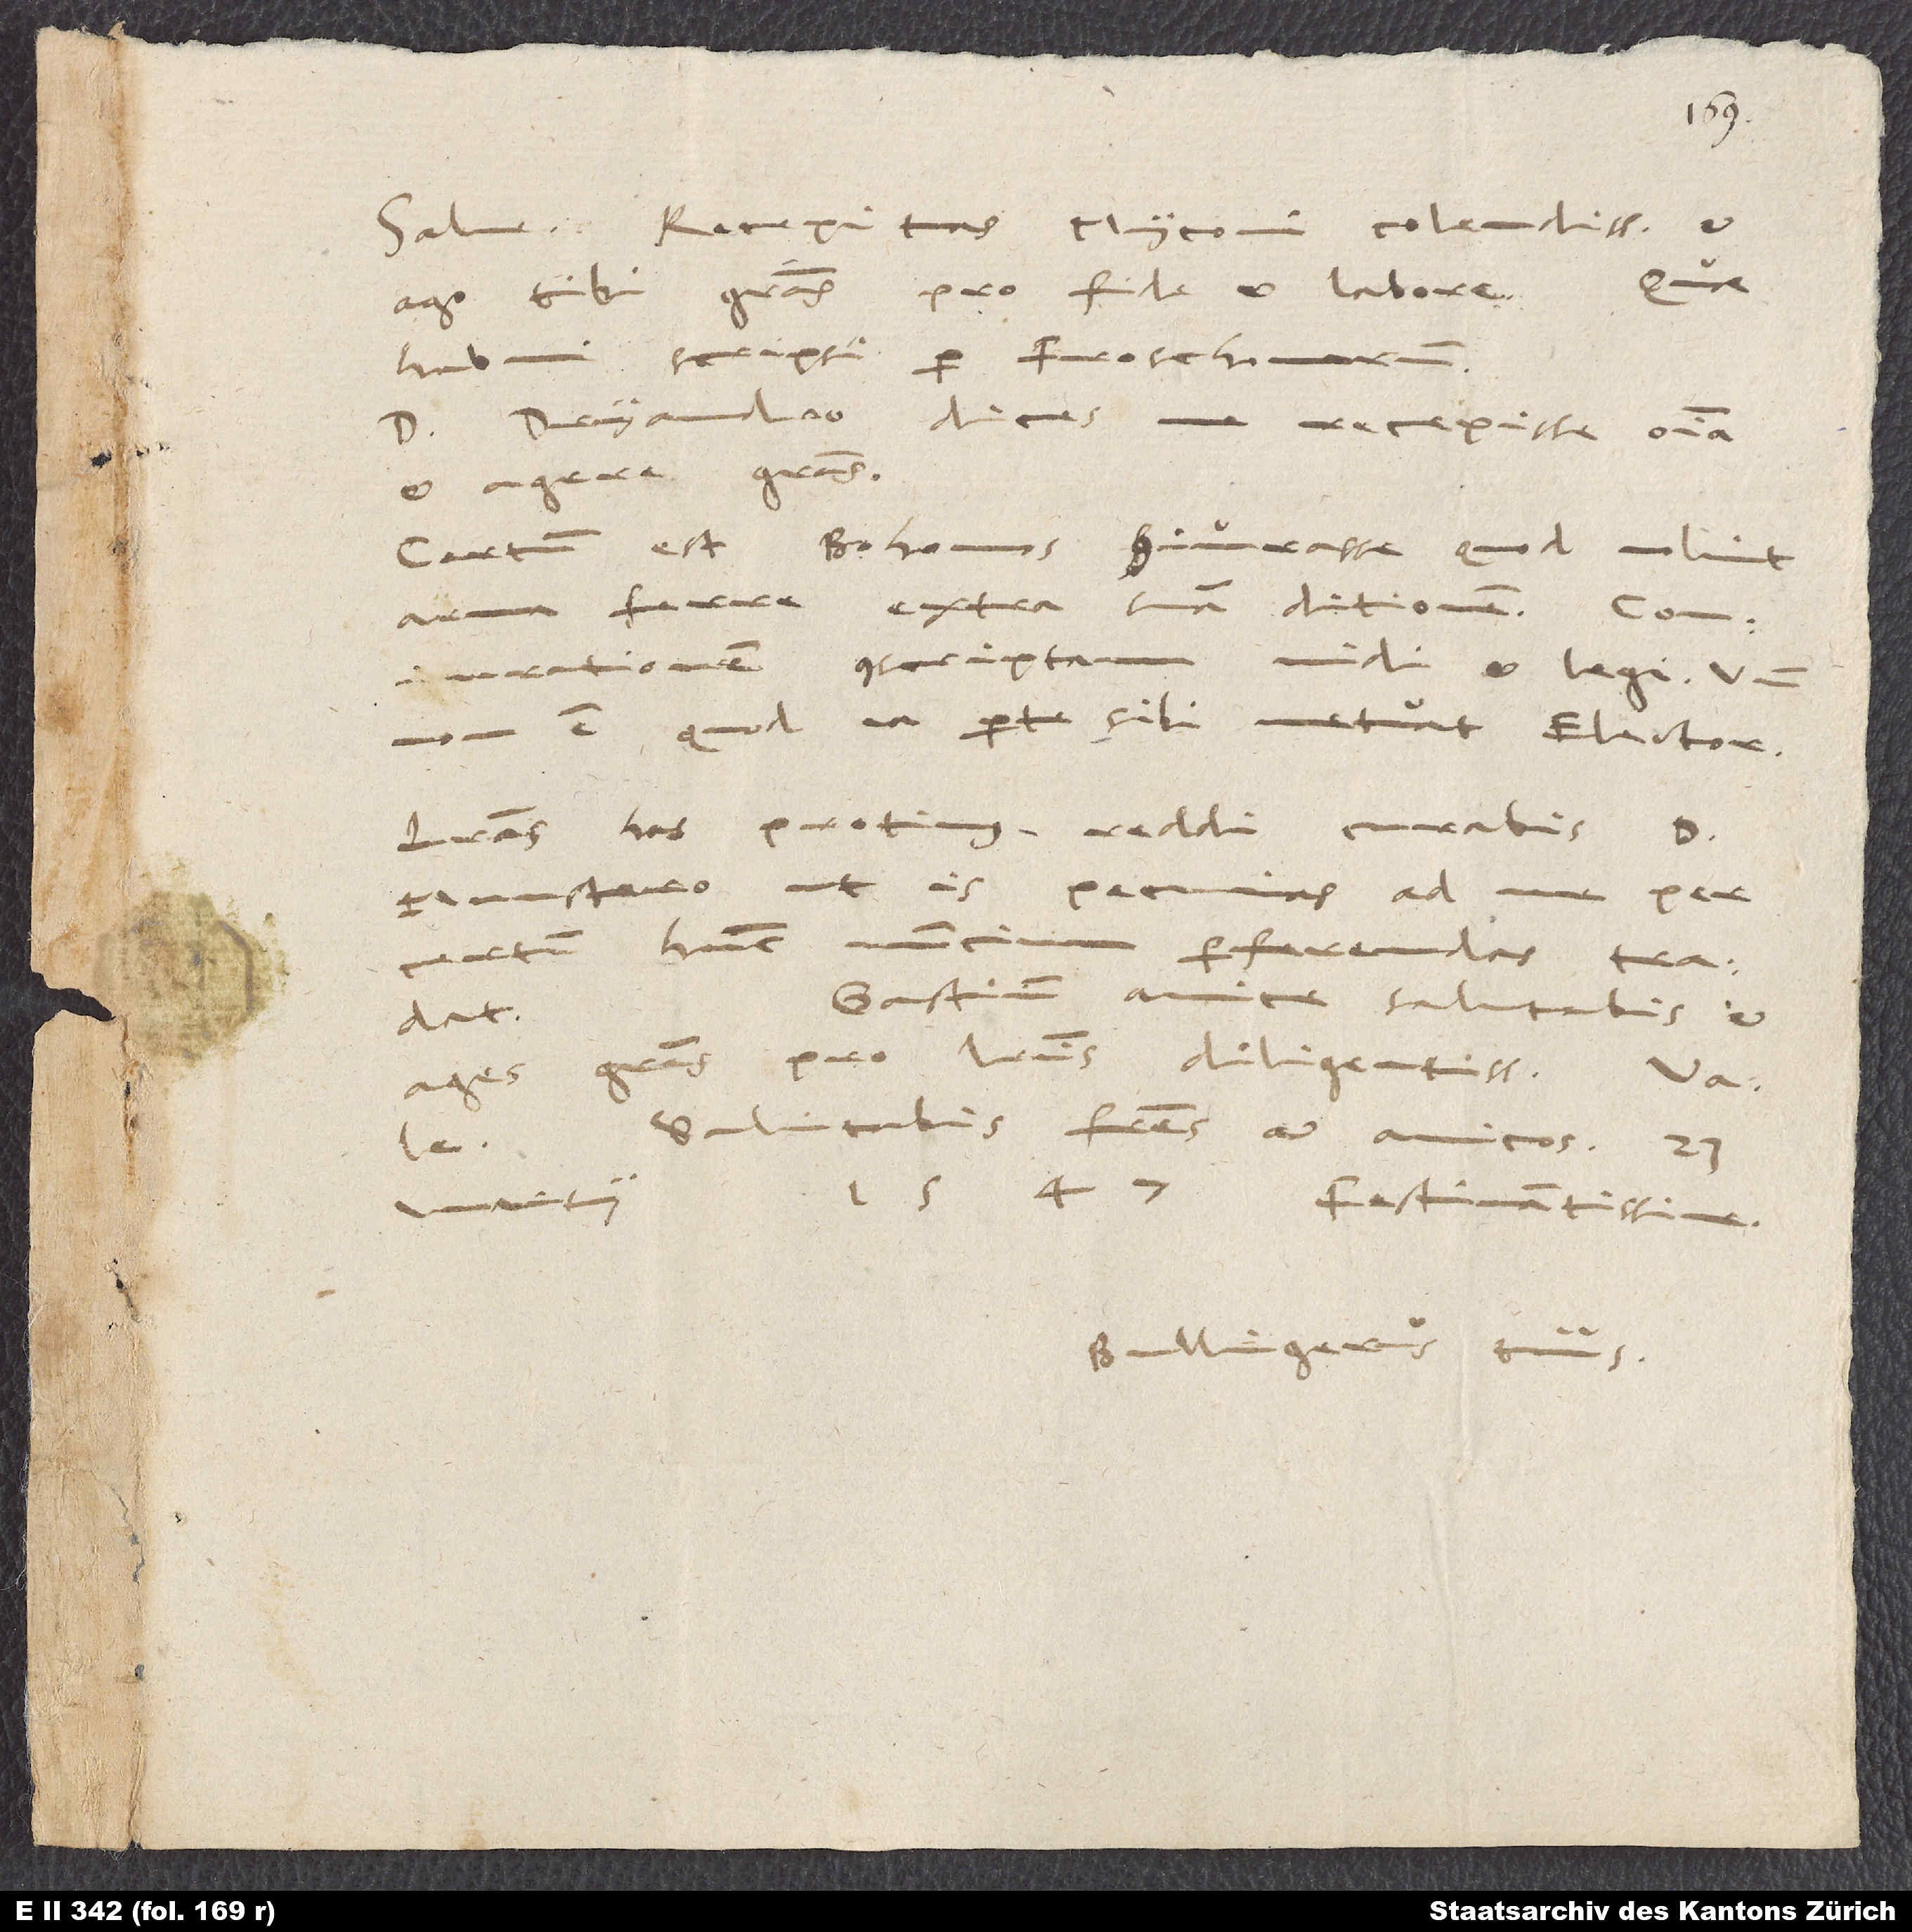
Salve. Recepi tuas, Myconi colendissime, et
ago tibi gratias pro fide et labore. Quae
habui, scripsi per Froschoverum.
D. Dryandro dices me recepisse omnia
et agere gratias.
Certum est Bohemos coniurasse, quod nolint
arma ferre extra suam ditionem.
Coniurationem conscriptam vidi et legi. Unde
non est, quod ea parte sibi metuat elector.
Literas has protinus reddi curabis d.
Munstero, ut is
pecunias ad me per
certum hunc nuncium
perferendas tradat.
Gastium amice salutabis et
ages gratias pro literis diligentissimis.
Salutabis fratres et amicos. 23.
1547. Festinantissime.
martii
Bullingerus tuus.